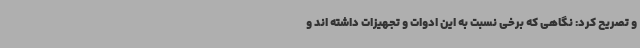
و تصریح کرد: نگاهی که برخی نسبت به این ادوات و تجهیزات داشته اند و